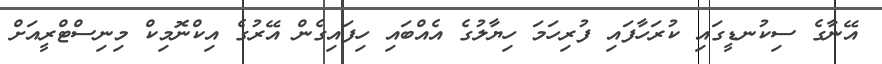
އޭނާގެ ސިކުނޑީގައި ކުރަހާފައި ފުރިހަމަ ހިޔާލުގެ އެއްބައި ހިފައިގެން އޭރުގެ އިކްނޮމިކް މިނިސްޓްރީއަށް